Civil Veterinary Department. Madras. Admin. report 1926-33 - 1926-1933
Year: 1926
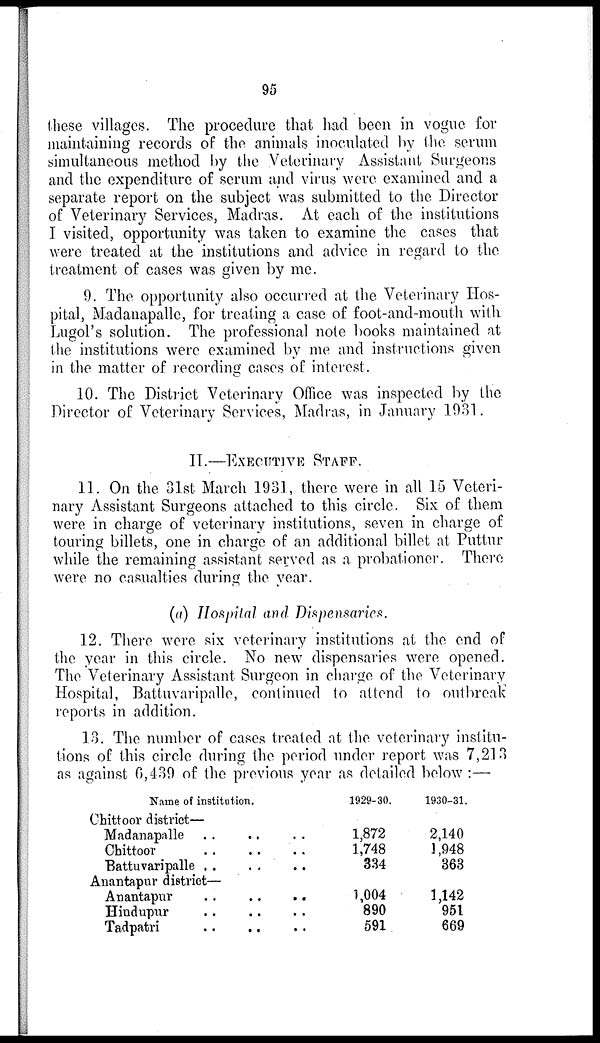
95
these villages. The procedure that had been in vogue for
maintaining records of the animals inoculated by the serum
simultaneous method by the Veterinary Assistant Surgeons
and the expenditure of serum and virus were examined and a
separate report on the subject was submitted to the Director
of Veterinary Services, Madras. At each of the institutions
I visited, opportunity was taken to examine the cases that
were treated at the institutions and advice in regard to the
treatment of cases was given by me.
9. The opportunity also occurred at the Veterinary Hos-
pital, Madanapalle, for treating a case of foot-and-mouth with
Lugol's solution. The professional note books maintained at
the institutions were examined by me and instructions given
in the matter of recording cases of interest.
10. The District Veterinary Office was inspected by the
Director of Veterinary Services, Madras, in January 1931.
II.—EXECUTIVE STAFF.
11. On the 31st March 1931, there were in all 15 Veteri-
nary Assistant Surgeons attached to this circle. Six of them
were in charge of veterinary institutions, seven in charge of
touring billets, one in charge of an additional billet at Puttur
while the remaining assistant served as a probationer. There
were no casualties during the year.
(a) Hospital and Dispensaries.
12. There were six veterinary institutions at the end of
the year in this circle. No new dispensaries were opened.
The Veterinary Assistant Surgeon in charge of the Veterinary
Hospital, Battuvaripalle, continued to attend to outbreak
reports in addition.
13. The number of cases treated at the veterinary institu-
tions of this circle during the period under report was 7,213
as against 0,439 of the previous year as detailed below :—
Name of institution.
1929-30.
1930-31.
Chittoor district—
Madanapalle .. .. ..
Chittoor
..
..
..
Battuvaripalle .. .. ..
1,872
1,748
334
2,140
3,948
363
Anantapur district—
Anantapur
..
..
..
Hindupur .. .. ..
Tadpatri .. .. ..
1,004
890
591
1,142
951
669